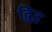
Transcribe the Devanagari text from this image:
द्विद्र